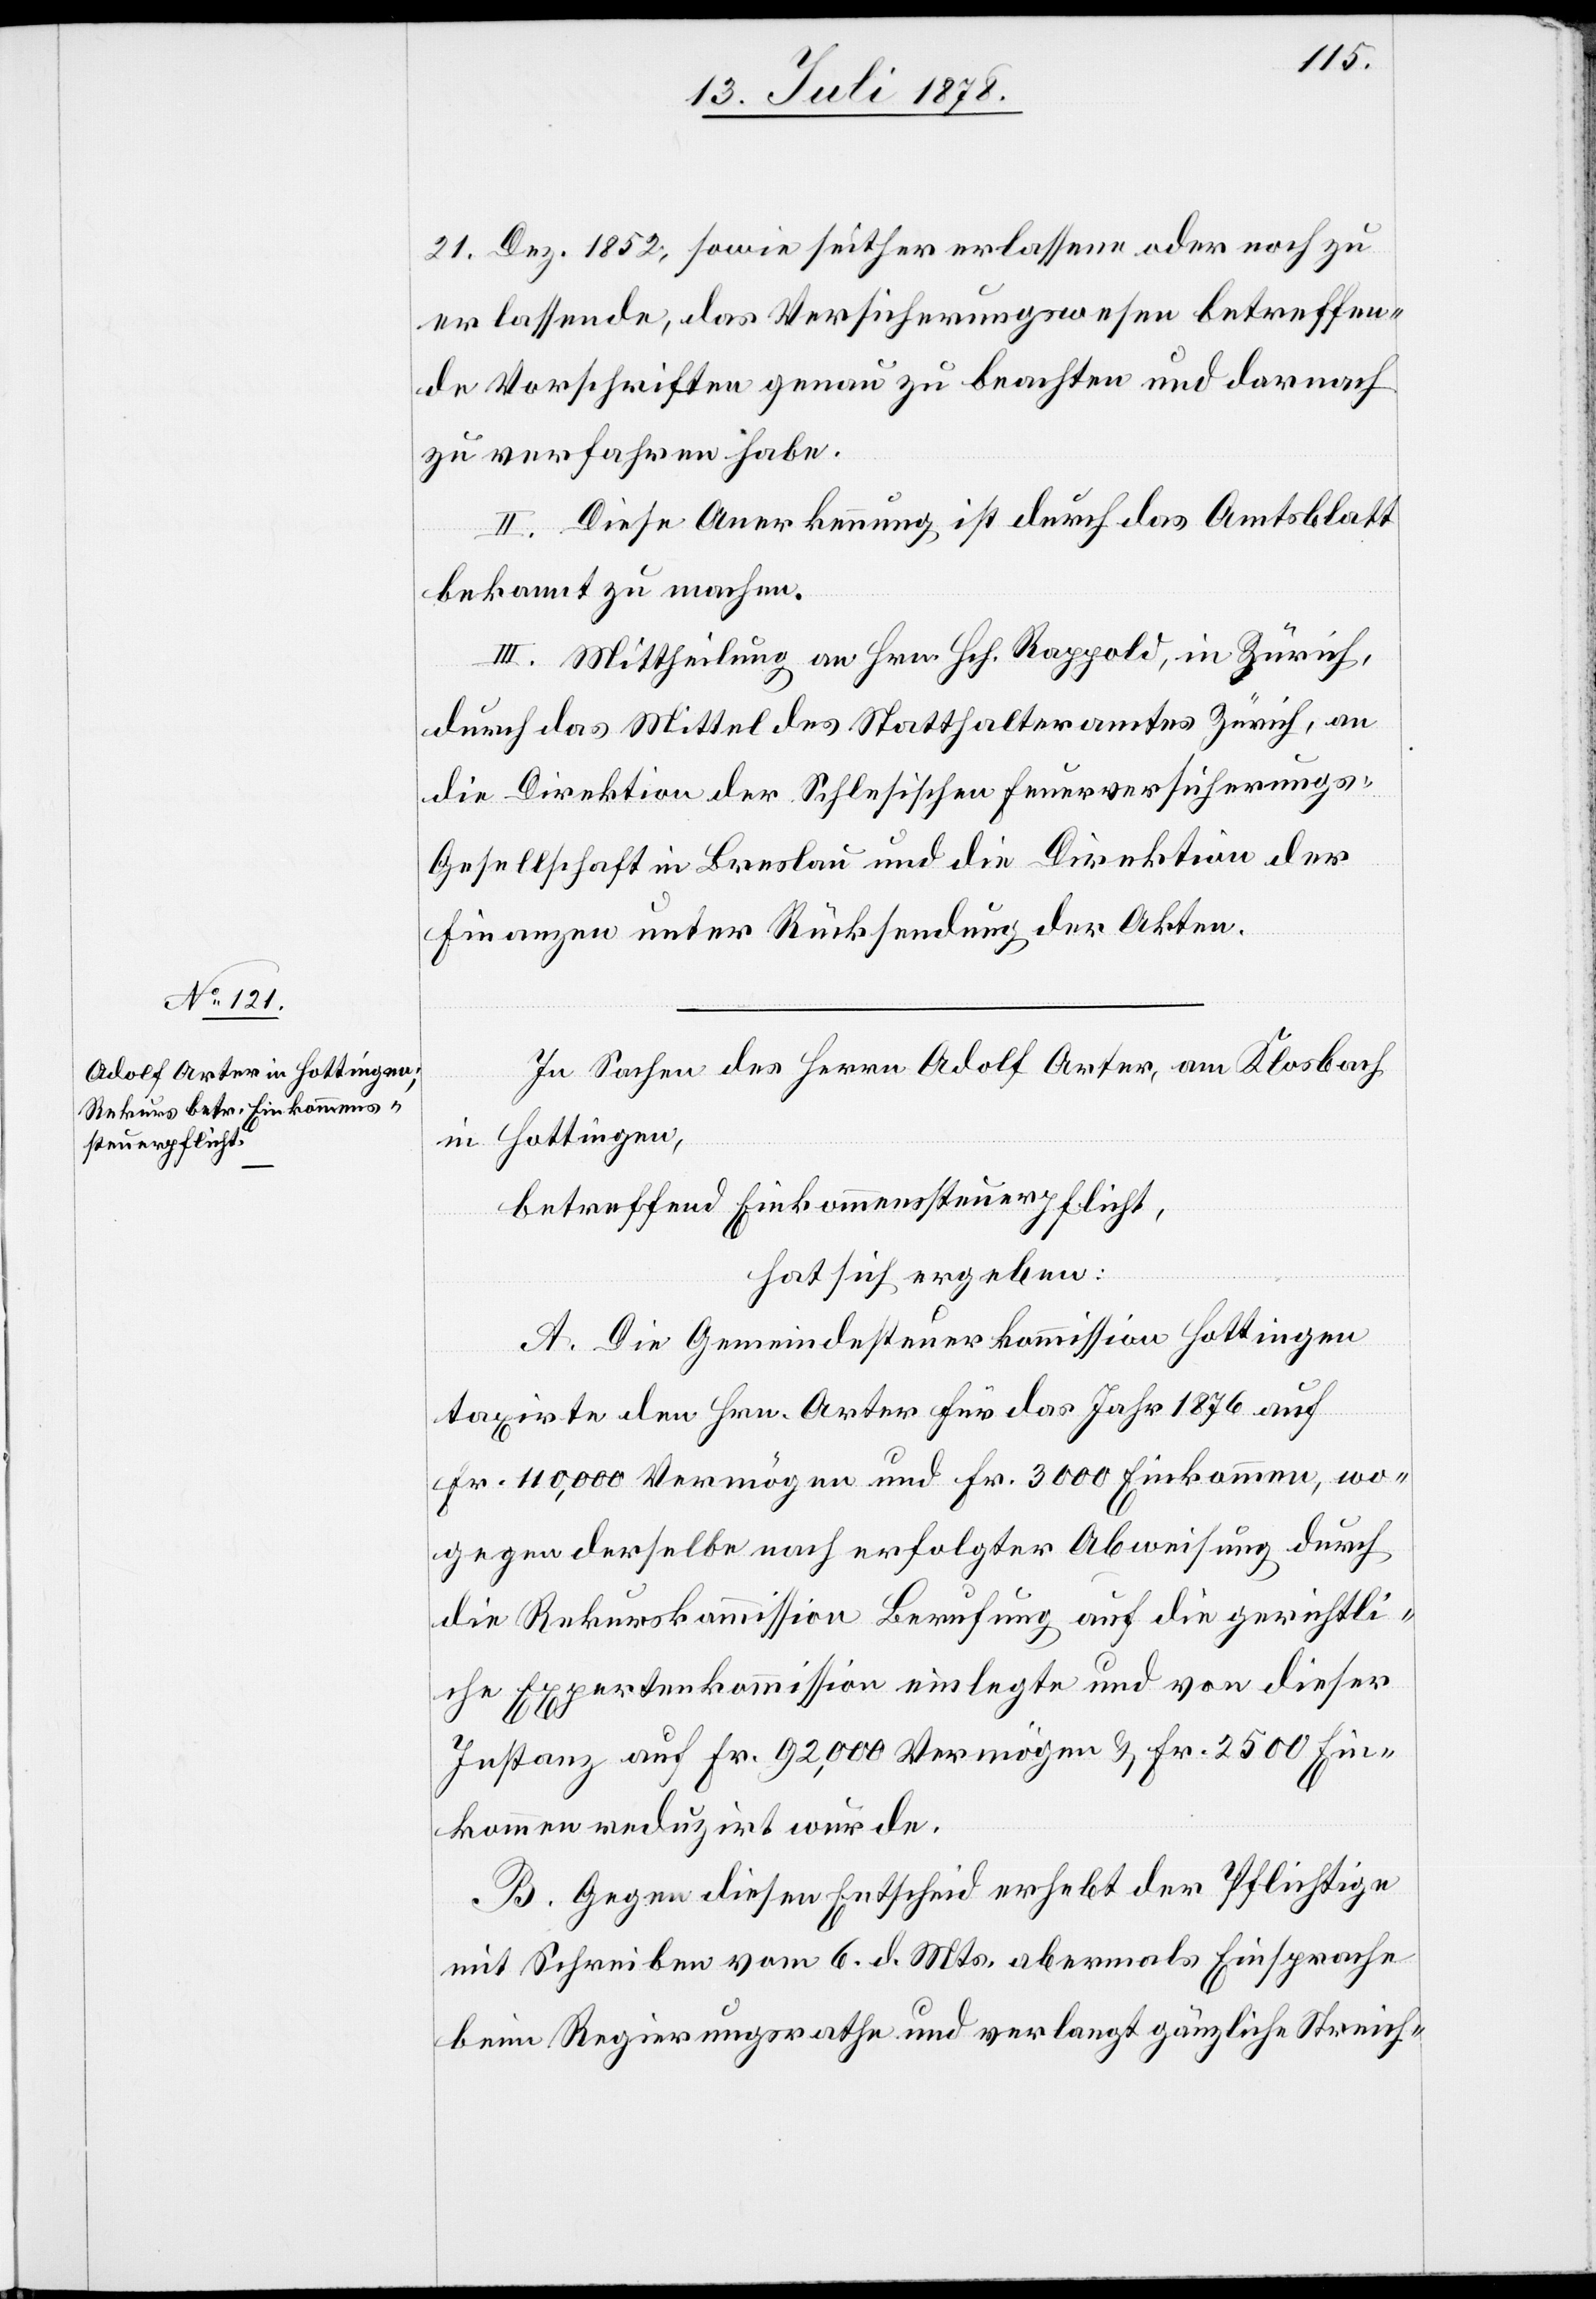
21. Dez. 1852, sowie seither erlassene oder noch zu
erlassende, das Versicherungswesen betreffen¬
de Vorschriften genau zu beachten und darnach
zu verfahren habe.
II. Diese Anerkennung ist durch das Amtsblatt
bekannt zu machen.
III. Mittheilung an Hrn. Hch. Rappold, in Zürich,
durch das Mittel des Statthalteramtes Zürich, an
die Direktion der Schlesischen Feuerversicherung¬
s-Gesellschaft in Breslau und an die Direktion der
Finanzen unter Rücksendung der Akten.
In Sachen des Herrn Adolf Arter, am Klosbach
in Hottingen,
betreffend Einkommenssteuerpflicht,
hat sich ergeben:
A. Die Gemeindesteuerkommission Hottingen
taxirte den Hrn. Arter für das Jahr 1876 auf
Fr. 11,000 Vermögen und Fr. 3000 Einkommen, wo¬
gegen derselbe nach erfolgter Abweisung durch
die Rekurskommission Berufung auf die gerichtli¬
che Expertenkommission einlegte und von dieser
Instanz auf Fr. 92,000 Vermögen & Fr. 2500 Ein¬
kommen reduzirt wurde.
B. Gegen diesen Entscheid erhebt der Pflichtige
mit Schreiben vom 6. d. Mts. abermals Einsprache
beim Regierungsrathe und verlangt gänzliche Streich-